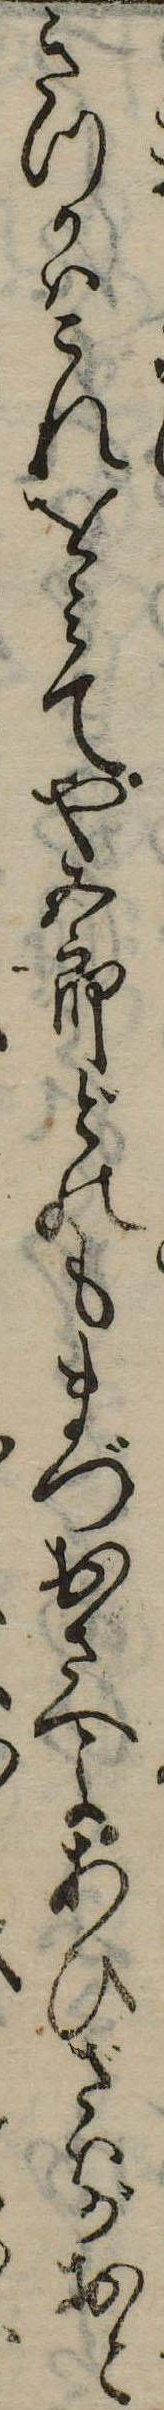
きつかはこれをみてや五郎どのもまづおさへよあひざはがおと